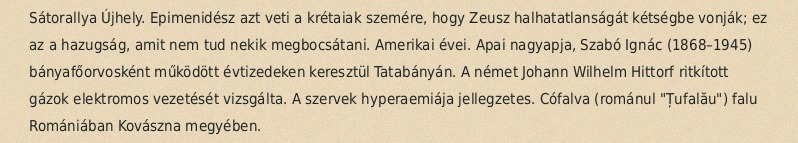
Sátorallya Újhely. Epimenidész azt veti a krétaiak szemére, hogy Zeusz halhatatlanságát kétségbe vonják; ez az a hazugság, amit nem tud nekik megbocsátani. Amerikai évei. Apai nagyapja, Szabó Ignác (1868–1945) bányafőorvosként működött évtizedeken keresztül Tatabányán. A német Johann Wilhelm Hittorf ritkított gázok elektromos vezetését vizsgálta. A szervek hyperaemiája jellegzetes. Cófalva (románul "Țufalău") falu Romániában Kovászna megyében.